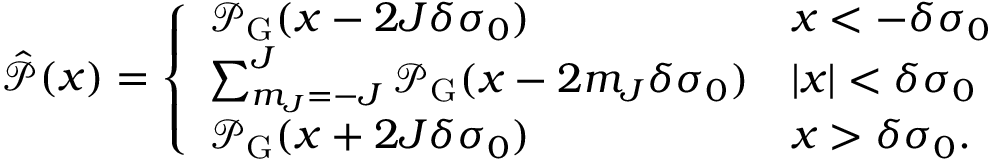
\hat { \mathcal { P } } ( x ) = \left\{ \begin{array} { l l } { \mathcal { P } _ { \mathrm { G } } ( x - 2 J \delta \sigma _ { 0 } ) } & { x < - \delta \sigma _ { 0 } } \\ { \sum _ { m _ { J } = - J } ^ { J } \mathcal { P } _ { \mathrm { G } } ( x - 2 m _ { J } \delta \sigma _ { 0 } ) } & { | x | < \delta \sigma _ { 0 } } \\ { \mathcal { P } _ { \mathrm { G } } ( x + 2 J \delta \sigma _ { 0 } ) } & { x > \delta \sigma _ { 0 } . } \end{array} \right.